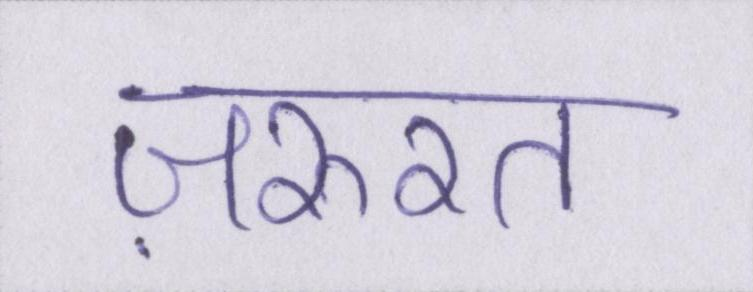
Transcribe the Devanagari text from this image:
ज़रुरत